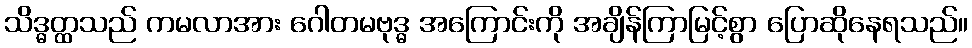
သိဒ္ဓတ္ထသည် ကမလာအား ဂေါတမဗုဒ္ဓ အကြောင်းကို အချိန်ကြာမြင့်စွာ ပြောဆိုနေရသည်။